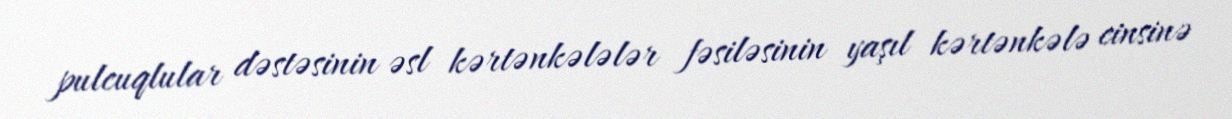
pulcuqlular dəstəsinin əsl kərtənkələlər fəsiləsinin yaşıl kərtənkələ cinsinə